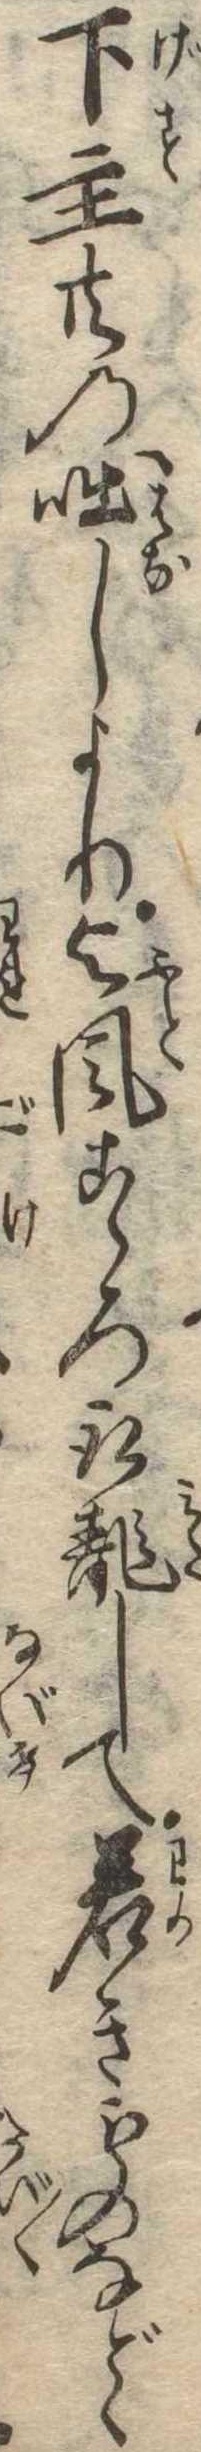
下主共の咄しより与風こゝろ取乱して若きものなどゝ